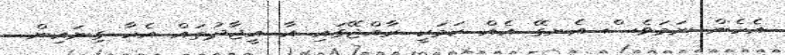
އެހެން ނަމަވެސް އެނގޭ އެއް ކަމަކީ ރާއްޖޭގައި އާ އީޖާދުތައް އެހާ ގިނައިން